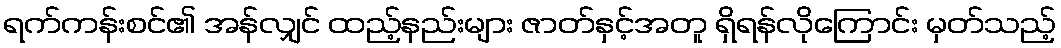
ရက်ကန်းစင်၏ အန်လျှင် ထည့်နည်းများ ဇာတ်နှင့်အတူ ရှိရန်လိုကြောင်း မှတ်သည့်